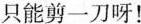
只能剪一刀呀！